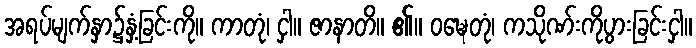
အရပ်မျက်နှာ၌နှံ့ခြင်းကို။ ကာတုံ၊ ငှါ။ ဇာနာတိ။ ၏။ ဝဍ္ဎေတုံ၊ ကသိုဏ်းကိုပွားခြင်းငှါ။